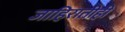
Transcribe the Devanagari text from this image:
जाहिरातीही